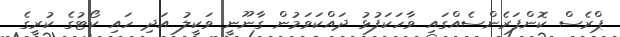
ޕްރެސް ކޮންފަރެންސެއްގައި ވާހަކަފުޅު ދައްކަވަމުން ގާނޫނީ ވަކީލު އަދި ހައި ކޯޓުގެ ކުރީގެ